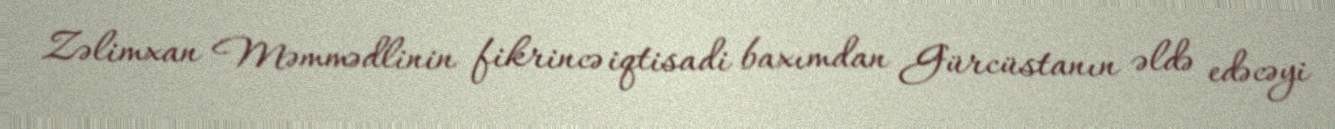
Zəlimxan Məmmədlinin fikrincə iqtisadi baxımdan Gürcüstanın əldə edəcəyi